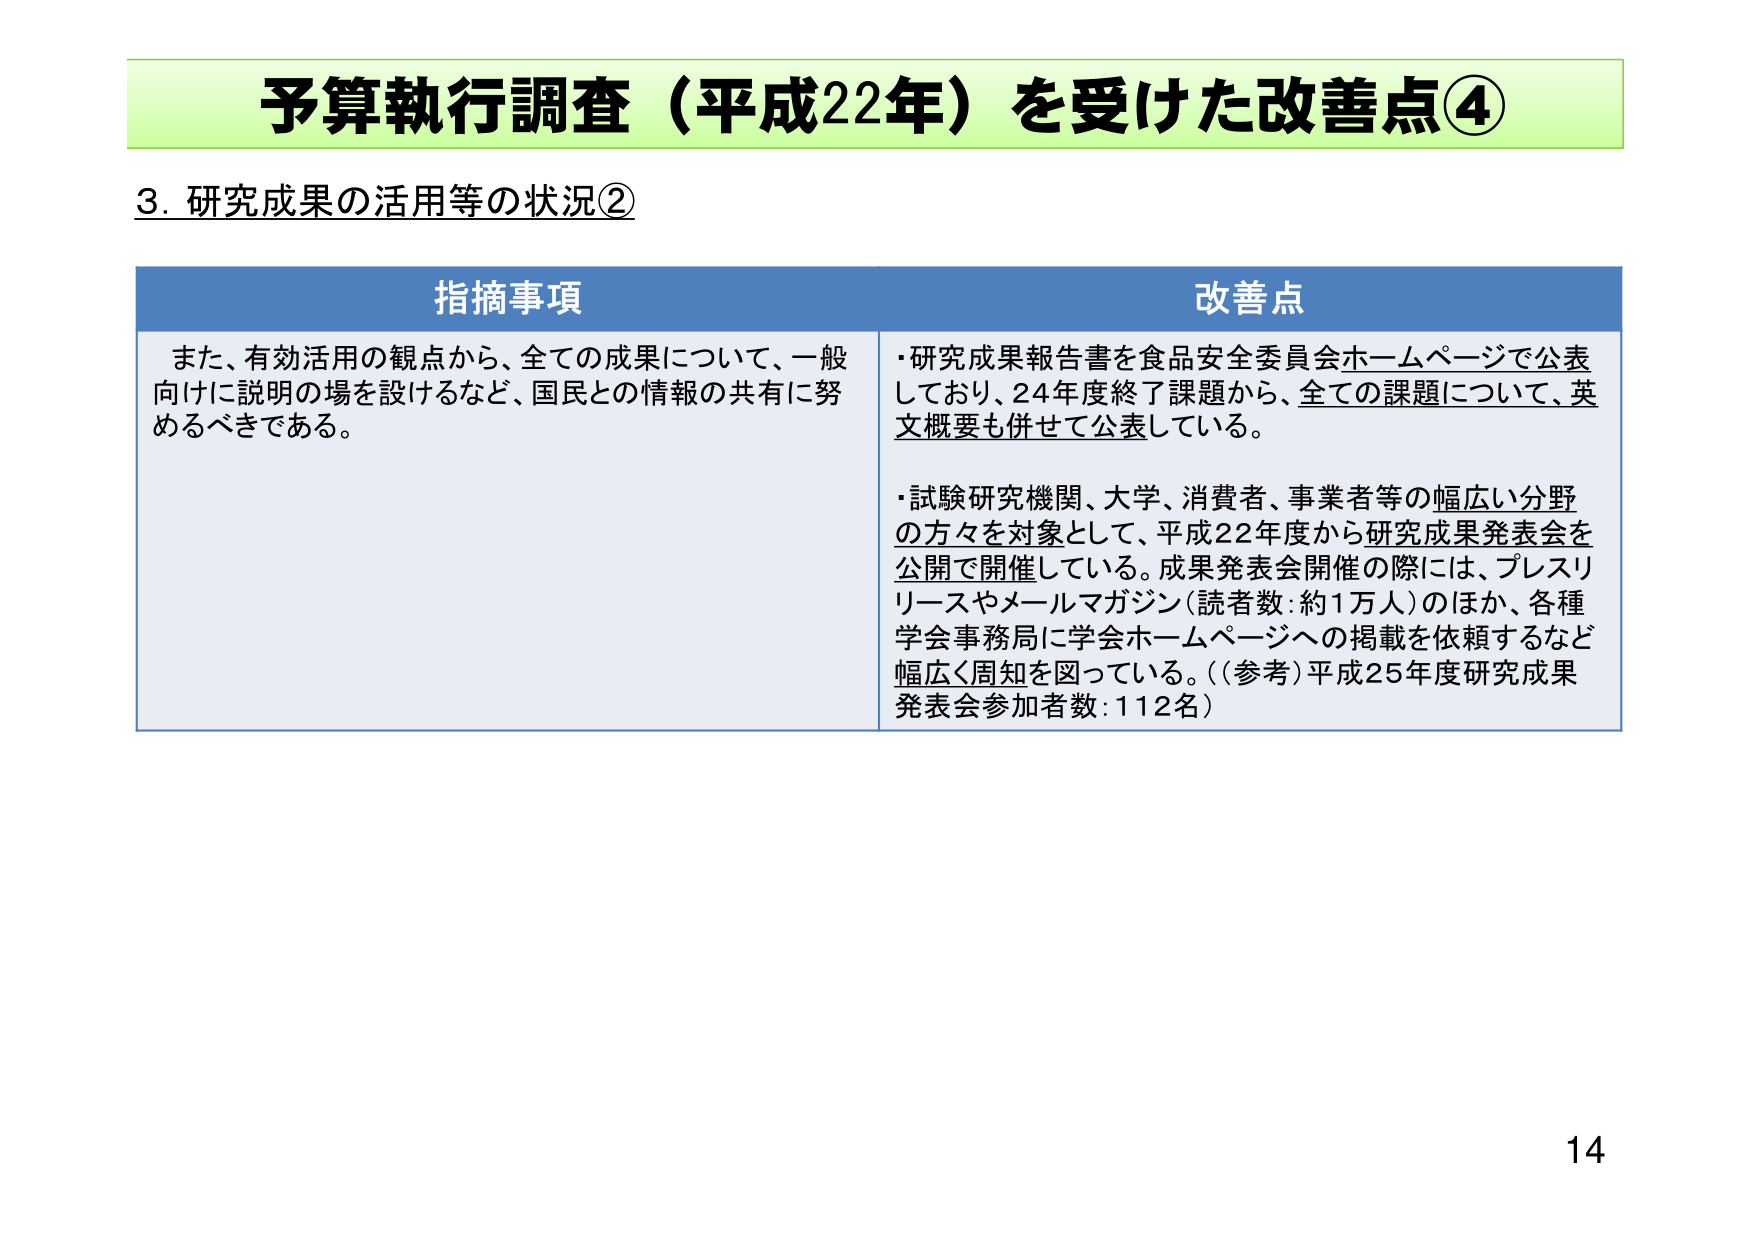
予算執行調査（平成22年）を受けた改善点④
3. 研究成果の活用等の状況②

指摘事項
また、有効活用の観点から、全ての成果について、一般向けに説明の場を設けるなど、国民との情報の共有に努めるべきである。

改善点
・研究成果報告書を食品安全委員会ホームページで公表しており、24年度終了課題から、全ての課題について、英文概要も併せて公表している。
・試験研究機関、大学、消費者、事業者等の幅広い分野の方々を対象として、平成22年度から研究成果発表会を公開で開催している。成果発表会開催の際には、プレスリリースやメールマガジン（読者数：約1万人）のほか、各種学会事務局に学会ホームページへの掲載を依頼するなど幅広く周知を図っている。（（参考）平成25年度研究成果発表会参加者数：112名）

14